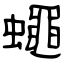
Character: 蠅